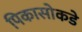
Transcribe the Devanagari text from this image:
पिकासोकडे